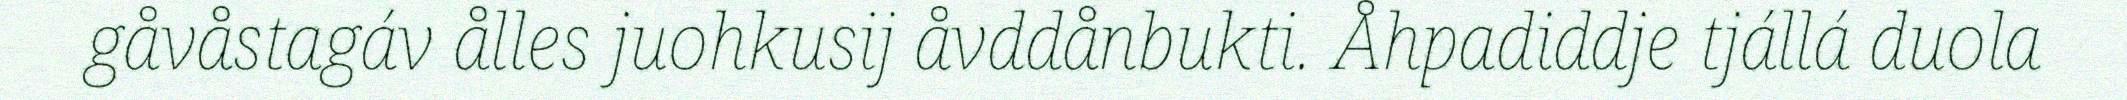
gåvåstagáv ålles juohkusij åvddånbukti. Åhpadiddje tjállá duola